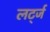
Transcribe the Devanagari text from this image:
लर्ट्ज